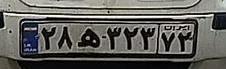
۲۸ه۳۲۳۷۲